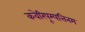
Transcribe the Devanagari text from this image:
कवेरिपूम्पत्तिनम